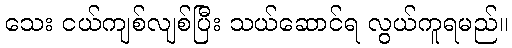
သေး ငယ်ကျစ်လျစ်ပြီး သယ်ဆောင်ရ လွယ်ကူရမည်။